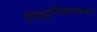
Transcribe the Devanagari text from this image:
पिसुर्लेकरांच्या